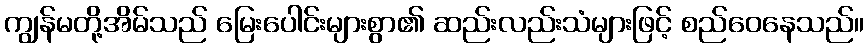
ကျွန်မတို့အိမ်သည် မြေးပေါင်းများစွာ၏ ဆည်းလည်းသံများဖြင့် စည်ဝေနေသည်။